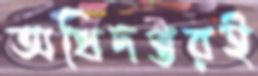
অধিদপ্তরই